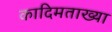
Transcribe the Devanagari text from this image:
कादिमताख्या